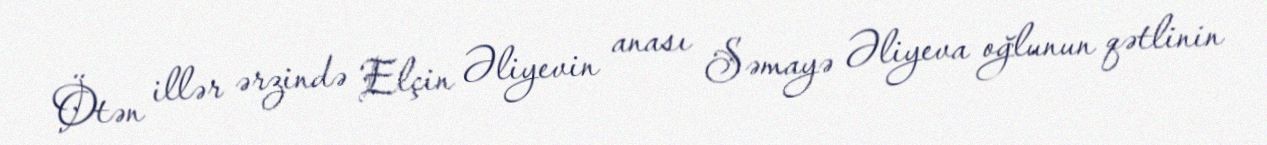
Ötən illər ərzində Elçin Əliyevin anası Səmayə Əliyeva oğlunun qətlinin